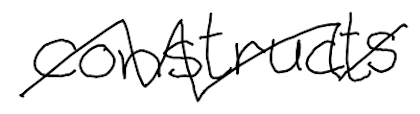
Text: constructs
Cross-out: zig-zag
Writing tool: digital_black